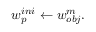
w _ { p } ^ { i n i } \leftarrow w _ { o b j } ^ { m } .